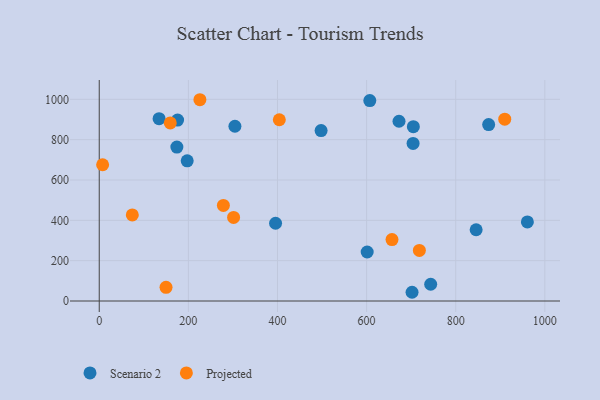
{"axis": {"x": "Distance", "y": "Rating"}, "legend": ["Projected", "Scenario 2"], "data": [{"x": "704.9", "y": 864.6, "type": "Scenario 2"}, {"x": "134.3", "y": 903.8, "type": "Scenario 2"}, {"x": "607.2", "y": 993.7, "type": "Scenario 2"}, {"x": "197.4", "y": 695.2, "type": "Scenario 2"}, {"x": "960.8", "y": 392.2, "type": "Scenario 2"}, {"x": "304.5", "y": 866.6, "type": "Scenario 2"}, {"x": "672.7", "y": 891.2, "type": "Scenario 2"}, {"x": "601.3", "y": 242.9, "type": "Scenario 2"}, {"x": "873.9", "y": 874.7, "type": "Scenario 2"}, {"x": "497.9", "y": 845.1, "type": "Scenario 2"}, {"x": "845.8", "y": 353.3, "type": "Scenario 2"}, {"x": "743.8", "y": 83.1, "type": "Scenario 2"}, {"x": "174.2", "y": 763.0, "type": "Scenario 2"}, {"x": "395.7", "y": 385.5, "type": "Scenario 2"}, {"x": "704.3", "y": 781.4, "type": "Scenario 2"}, {"x": "702.0", "y": 43.3, "type": "Scenario 2"}, {"x": "175.8", "y": 897.2, "type": "Scenario 2"}, {"x": "404.1", "y": 898.6, "type": "Projected"}, {"x": "718.4", "y": 250.8, "type": "Projected"}, {"x": "149.9", "y": 67.7, "type": "Projected"}, {"x": "7.6", "y": 675.6, "type": "Projected"}, {"x": "278.6", "y": 474.0, "type": "Projected"}, {"x": "159.4", "y": 883.0, "type": "Projected"}, {"x": "74.2", "y": 426.7, "type": "Projected"}, {"x": "910.0", "y": 901.5, "type": "Projected"}, {"x": "657.0", "y": 304.7, "type": "Projected"}, {"x": "225.9", "y": 998.0, "type": "Projected"}, {"x": "301.5", "y": 414.6, "type": "Projected"}]}